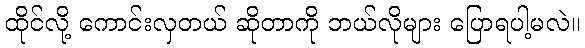
ထိုင်လို့ ကောင်းလှတယ် ဆိုတာကို ဘယ်လိုများ ပြောရပါ့မလဲ။